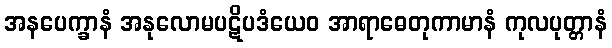
အနပေက္ခာနံ အနုလောမပဋိပဒံယေဝ အာရာဓေတုကာမာနံ ကုလပုတ္တာနံ